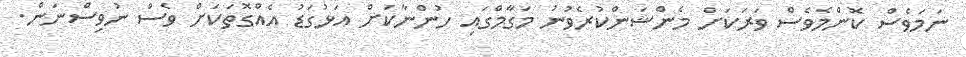
ނަމަވެސް ކޮންމެވެސް ވަރަކަށް މެންޝަންކުރެވުނު މަގާމްގައި ހުންނާކަށް އަޅުގަޑު އެއްގޮތަކަށް ވެސް ނުވިސްނަން.